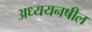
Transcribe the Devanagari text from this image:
अध्ययनषील